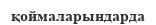
қоймаларындарда